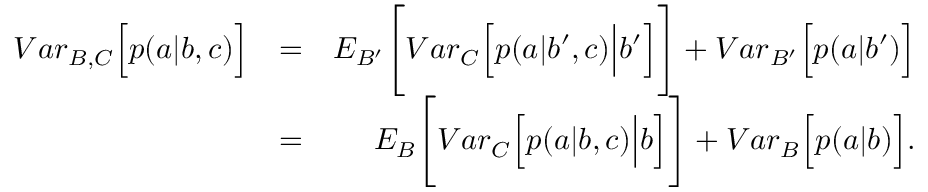
\begin{array} { r l r } { { V a r } _ { B , C } \Big [ p ( a | b , c ) \Big ] } & { = } & { { E } _ { B ^ { \prime } } \Bigg [ { V a r } _ { C } \Big [ p ( a | b ^ { \prime } , c ) \Big | b ^ { \prime } \Big ] \Bigg ] + { V a r } _ { B ^ { \prime } } \Big [ p ( a | b ^ { \prime } ) \Big ] } \\ & { = } & { { E } _ { B } \Bigg [ { V a r } _ { C } \Big [ p ( a | b , c ) \Big | b \Big ] \Bigg ] + { V a r } _ { B } \Big [ p ( a | b ) \Big ] . } \end{array}